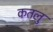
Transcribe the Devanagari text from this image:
कतलु